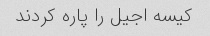
کیسه اجیل را پاره کردند